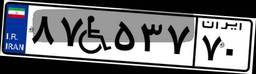
۷۲W۹۷۵۹۵